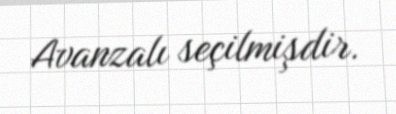
Avanzalı seçilmişdir.